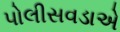
પોલીસવડાએ